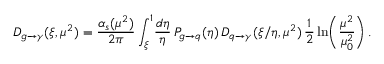
D _ { g \to \gamma } ( \xi , \mu ^ { 2 } ) = \frac { \alpha _ { s } ( \mu ^ { 2 } ) } { 2 \pi } \int _ { \xi } ^ { 1 } \! \frac { d \eta } { \eta } \, P _ { g \to q } ( \eta ) \, D _ { q \to \gamma } ( \xi / \eta , \mu ^ { 2 } ) \, \frac { 1 } { 2 } \ln \! \left( \frac { \mu ^ { 2 } } { \mu _ { 0 } ^ { 2 } } \right) .